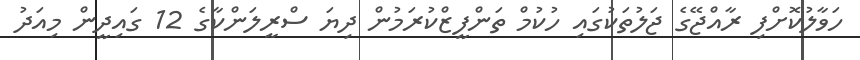
ހަވާލުކޮށްފި ރާއްޖޭގެ ޖަލުތަކުގައި ހުކުމް ތަންފީޒްކުރަމުން ދިޔަ ސްރީލަންކާގެ 12 ގައިދީން މިއަދު